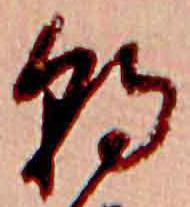
朝